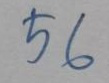
56